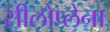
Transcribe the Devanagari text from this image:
सीलोप्लेना